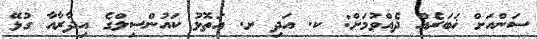
ސަންއަށް ޚަބަރެއް ދެއްވުމަށް: ކ. އަދި ށ. އަތޮޅު ކައުންސިލްގެ އިދާރާއާ ގުޅޭ